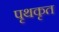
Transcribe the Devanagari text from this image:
पृथकृत